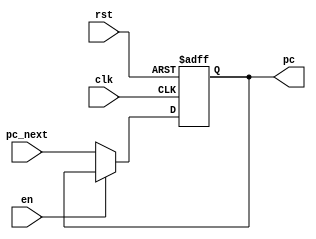
module pc#(parameter SIZE = 32)(

    input wire clk,
    input wire rst,
    input wire en,
    input wire [SIZE-1:0] pc_next,
    output reg [SIZE-1:0] pc

    );
    
    always @(posedge clk,negedge rst) begin 
        if(!rst) begin
            pc <= 0;
        end
        else  begin
            if(!en) begin
                pc <= pc_next;
            end
            else begin
                pc <= pc;
            end
        end
    end
endmodule